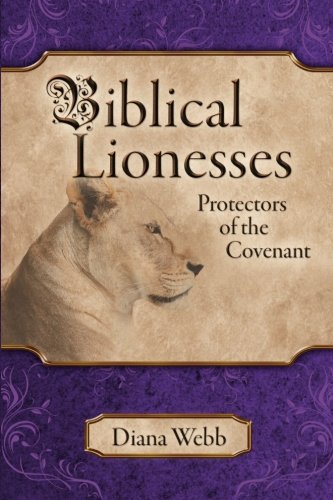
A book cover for Biblical Lionesses: Protectors of the Covenant; Diana Webb; Christian Books & Bibles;